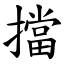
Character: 擋